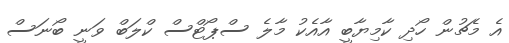
އެ މެޗުން ހޯދި ކާމިޔާބީ އާއެކު މާލެ ސްޕޯޓްސް ކްލަބް ވަނީ ބޯނަސް